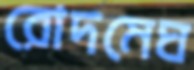
রোদমেঘ